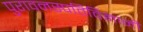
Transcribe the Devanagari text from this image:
पुरावनस्पतिविज्ञानी